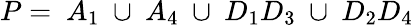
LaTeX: P=~A_{1}~\cup~A_{4}~\cup~D_{1}D_{3}~\cup~D_{2}D_{4}